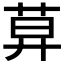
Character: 𦱤